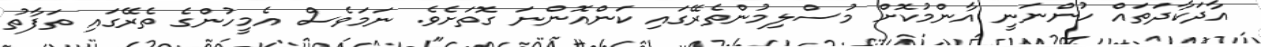
އާދަކާދަތައް ހުންނަނީ އާންމުކޮށް މުސްލިމުންތެރޭގައި ކަންއޮންނަ ގޮތަށެވެ. ނަމަވެސް އެމީހުންގެ ތެރޭގައި ތަފާތު